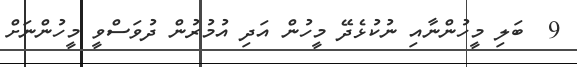
9  ބަލި މީހުންނާއި ނުކުޅެދޭ މީހުން އަދި އުމުރުން ދުވަސްވީ މީހުންނަށް